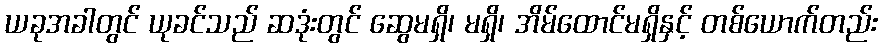
ယခုအခါတွင် ယုခင်သည် ဆဒုံးတွင် ဆွေမရှိ၊ မရှိ၊ အိမ်ထောင်မရှိနှင့် တစ်ယောက်တည်း